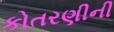
કોતરણીની